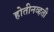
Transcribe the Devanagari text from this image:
होतीनव्हती